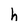
Character: h